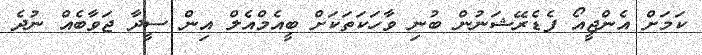
ކަމަށް އެންޖީއޯ ފެޑެރޭޝަނުން ބުނި ވާހަކަތަކަށް ބީއެމްއެލް އިން ސީދާ ޖަވާބެއް ނުދެ